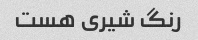
رنگ شیری هست